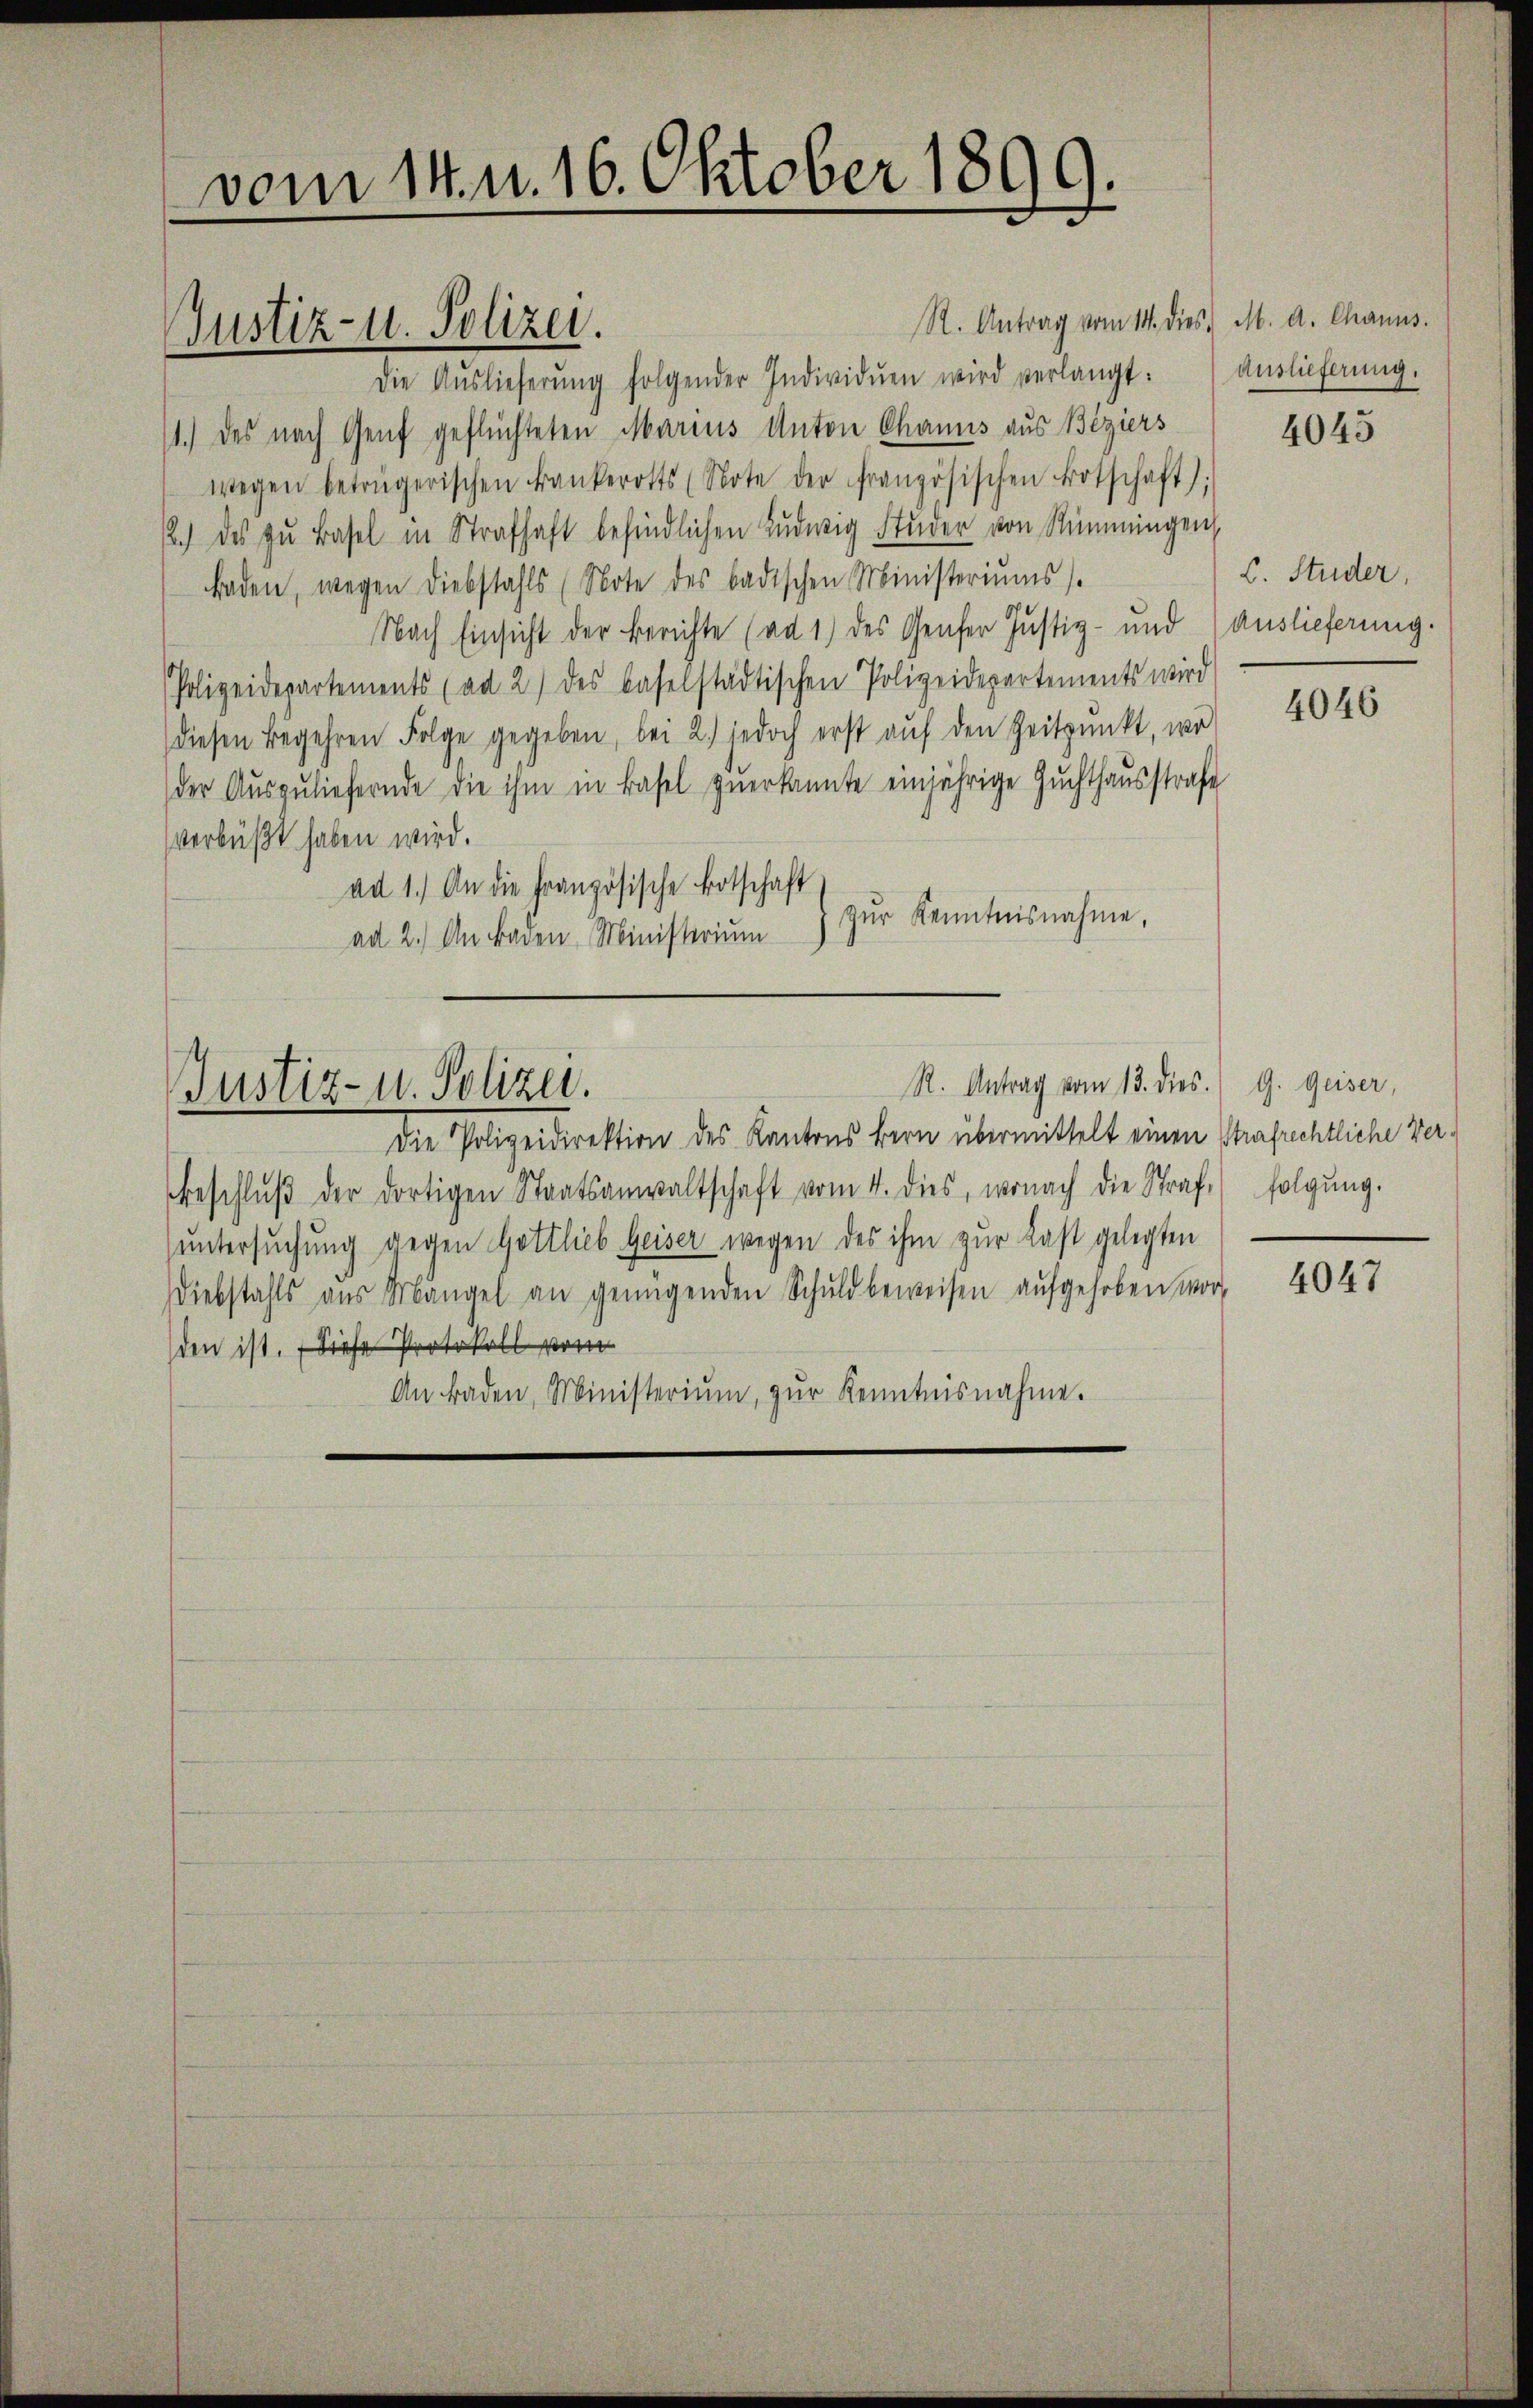
vom 14. u. 16. Oktober 1899.

R. Antrag vom 14. dies, M. d. Chanus.
Die Aŭslieferŭng folgender Individuen wird verlangt.
1.) Des nach Genf geflüchteten Marius Anton Chanus aus Beziers
wegen betrügerischen Frankerotts (Note der französischen Botschaft);
12.) des zŭ Basel in Strafhaft befindlichen Lŭdwig Studer von Stummingen,
Baden, wegen Diebstahls (Note des badischen Ministeriŭms.
Nach Einsicht der Berichte (ad 1) des Genfer Justiz- und Auslieferung.
Polizeidepartements (ad 2) des baselstädtischen Polizeidepartements wird
diesen Begehren Folge gegeben, bei 2.) jedoch erst aŭf den Zeitpunkt, wo
der Aŭszŭliefernde die ihm in Basel zŭerkannte einjährige Gŭchthausstrafe
verbüßt haben wird.
ad 1.) An die Französische Botschaft
zŭr Kenntnisnahme,
ad 2.) An Baden Ministerium

Justiz- u. Polizei.

R. Antrag vom 13. dies. G. Geiser,
Justiz- u. Polizei.

Die Polizeidirektion des Kantons Bern übermittelt einen Strafrechtliche Ver¬
Beschlŭβ der dortigen Staatsanwaltschaft vom 4. dies, wonach die Straf folgŭng.
untersuchung gegen Gottlieb Geiser wegen des ihm zur Last gelegten
Diebstahls aus Mangel an genügenden Schuldbeweisen aŭfgehoben wor
den ist. Diese Protokoll vom
An Baden, Ministerium, zŭr Kenntnisnahme.

auslieferung.

4045

C. Studer,

4046

4047